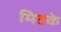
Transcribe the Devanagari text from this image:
मिटके